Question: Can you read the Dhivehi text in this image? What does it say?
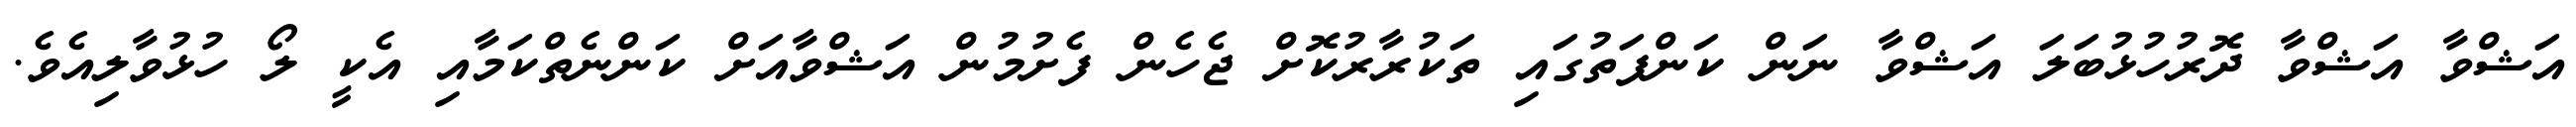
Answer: އަޝްވާ އަޝްވާ ދޮރުހުޅުބަލަ އަޝްވާ ނަން ކަންފަތުގައި ތަކުރާރުކޮށް ޖެހެން ފެށުމުން އަޝްވާއަށް ކަންނެތްކަމާއި އެކީ ލޯ ހުޅުވާލިއެވެ.